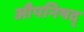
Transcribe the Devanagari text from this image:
औपनिषद्